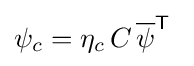
\psi _{c}=\eta _{c}\,C\,{\overline {\psi }}^{\mathsf {T}}~